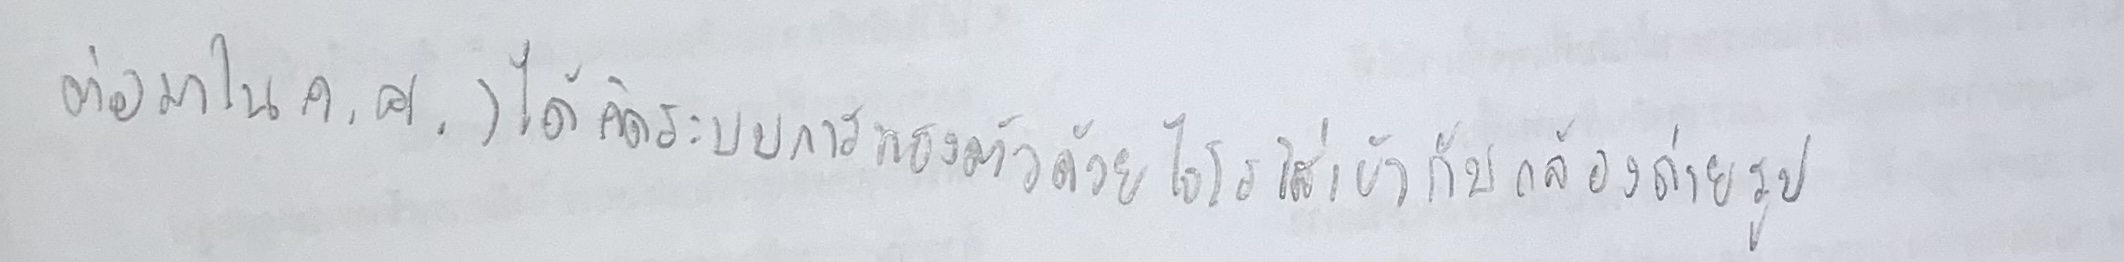
ต่อมาในค.ศ.)ได้คิดระบบการทรงตัวด้วยไจโรใส่เข้ากับกล้องถ่ายรูป